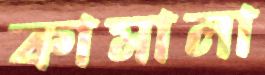
কামালা